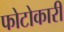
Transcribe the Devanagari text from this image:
फोटोकारी